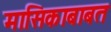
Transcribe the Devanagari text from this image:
मासिकाबाबत